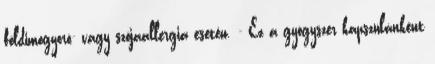
földimogyoró- vagy szójaallergia esetén. - Ez a gyógyszer kapszulánként